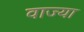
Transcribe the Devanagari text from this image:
वाज्या